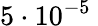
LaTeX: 5\cdot 10^{-5}\